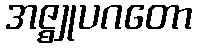
အဇ္ဈုပဂတော